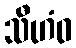
သီဟံဝ